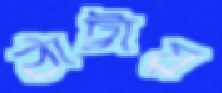
ঠাট্টায়